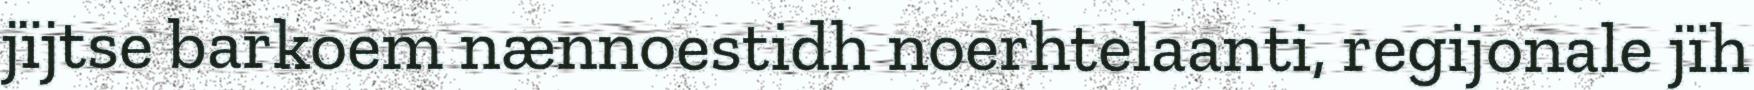
jïjtse barkoem nænnoestidh noerhtelaanti, regijonale jïh